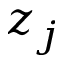
z _ { j }